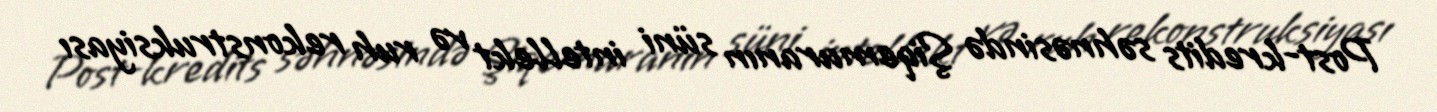
Post-kredits səhnəsində Şiqemuranın süni intellekt və ruh rekonstruksiyası